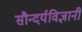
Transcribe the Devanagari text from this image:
सौन्दर्यविज्ञानी